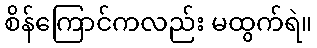
စိန်ကြောင်ကလည်း မထွက်ရဲ။